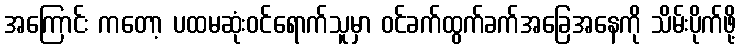
အကြောင်း ကတော့ ပထမဆုံးဝင်ရောက်သူမှာ ဝင်ခက်ထွက်ခက်အခြေအနေကို သိမ်းပိုက်ဖို့